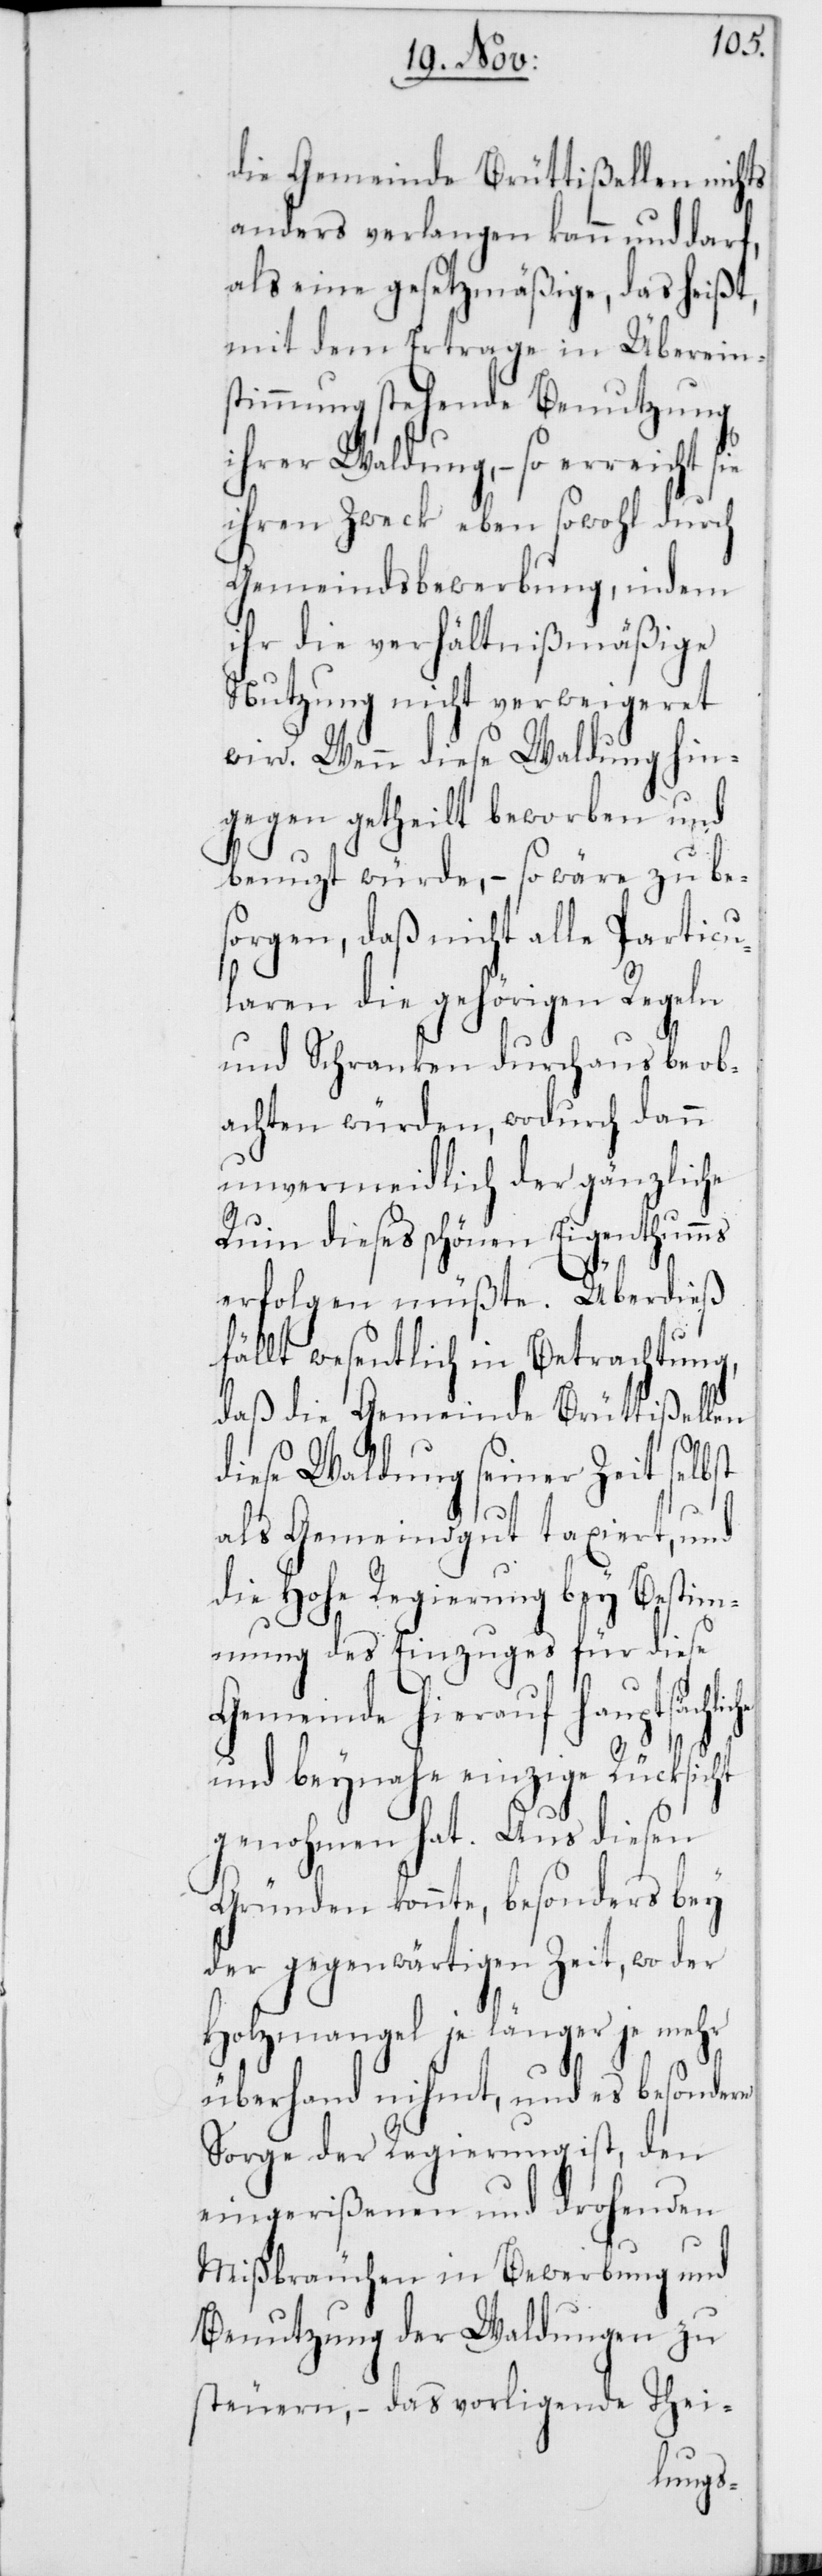
die Gemeinde Brüttißellen nichts
anders verlangen kann und darf,
als eine gesetzmäßige, das heißt,
mit dem Ertrage in Übereins¬
timmung stehende Benutzung
ihrer Waldung, – so erreicht sie
ihren Zweck eben sowohl durch
Gemeindsbewerbung, indem
ihr die verhältnißmäßige
Nutzung nicht verweigeret
wird. Wenn diese Waldung hin¬
gegen getheilt beworben und
benutzt würde, – so wäre zu bes¬
orgen, daß nicht alle Particu¬
laren die gehörigen Regeln
und Schranken durchaus beob¬
achten würden, wodurch dann
unvermeidlich der gänzliche
Ruin dieses schönen Eigenthumms
erfolgen müßte. Überdieß
fällt wesentlich in Betrachtung,
daß die Gemeinde Brüttißellen
diese Waldung seiner Zeit selbst
als Gemeindgut taxiert, und
die Hohe Regierung bey Bestim¬
mung des Einzuges für diese
Gemeinde hierauf hauptsäch¬
und beynahe einzige Rücksicht
genohmen hat. Aus diesen
Gründen konnte, besonders bey
der gegenwärtigen Zeit, wo der
Holzmangel je länger je mehr
überhand nihmt, und es besondere
Sorge der Regierung ist, den
eingerißenen und drohenden
Mißbräuchen in Bewerbung und
Benutzung der Waldungen zu
steuern; – das vorligende Thei-
liche